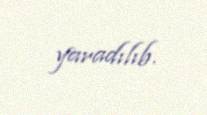
yaradılıb.